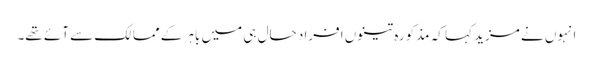
انہوں نے مزید کہا کہ مذکورہ تینوں افراد حال ہی میں باہر کے ممالک سے آئے تھے۔